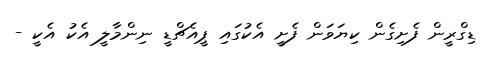
ޑިގްރީން ފެށިގެން ކިޔަވަން ފެށީ އެކުގައި ޕީއެޗްޑީ ނިންމާލީ އެކު އެކީ -